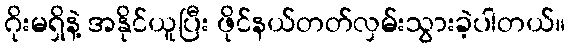
ဂိုးမရှိနဲ့ အနိုင်ယူပြီး ဖိုင်နယ်တတ်လှမ်းသွားခဲ့ပါတယ်။